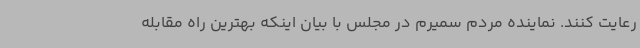
رعایت کنند. نماینده مردم سمیرم در مجلس با بیان اینکه بهترین راه مقابله